Annual report of the Punjab Veterinary College and of the Civil Veterinary Department, Punjab - 1920-1925
Year: 1920
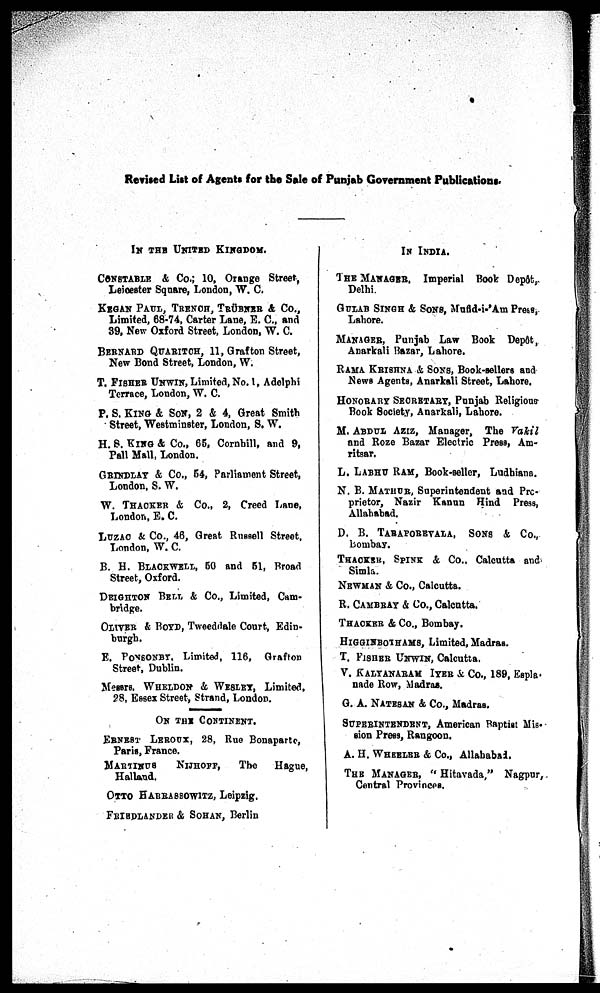
Revised List of Agents for the Sale of Punjab Government Publications.
IN THE UNITED KINGDOM.
CONSTALE & Co.; 10, Orange Street,
Leiœster Square, London, W. C.
KEGAN PAUL, TRENCE, TRÜBNER & Co.,
Limited, 68-74, Carter Lane, E. C., and
39, New Oxford Street, London, W. C.
BERNARD QUARITCH, 11, Grafton Street,
New Bond Street, London, W.
T. FISHER UNWIN, Limited, No. 1, Adelphi
Terrace, London, W. C.
P. S. KING & SON, 2 & 4, Great Smith
Street, Westminster, London, S. W.
H. 8. KING & Co., 65, Cornbill, and 9,
Pall Mall, London.
GRINDLAY & Co., 54, Parliament Street,
London, S. W.
W. THACKER & Co., 2, Creed Lane,
London, E. C.
LUZAC & Co., 46, Great Russell Street,
London, W. C.
B. H. BLACKWELL, 50 and 51, Broad
Street, Oxford.
DEIGHTON BELL & Co., Limited, Cam-
bridge.
OLIVER & BOYD, Tweeddale Court, Edin-
burgh.
E. PONSONBY, Limited, 116, Grafton
Street, Dublin.
Messrs. WHELDON & WESLEY, Limited,
28, Essex Street, Strand, London.
ON THE CONTINENT.
ERNEST LEROUX, 28, Rue Bonaparte,
Paris, France.
MARTINUS
NIJHOFF,
The
Hague,
Halland.
OTTO HARRASSOWITZ, Leipzig.
FRIRDLANDER & SOHAN, Berlin
IN INDIA.
THE MANAGER, Imperial Boob Depôt,
Delhi.
GULAB SINGH & SONS, Mufid-i-'Am Press,
Lahore.
MANAGER, Punjab Law Book Depôt,
Anarkali Bazar, Lahore.
RAMA KRISHNA & SONS, Book-sellers and
News Agents, Anarkali Street, Lahore,
HONORARY SEORETARY, Punjab Religions-
Book Society, Anarkali, Lahore.
M. ABDUL AZIZ, Manager, The Vakil
and Roze Bazar Electric Press, Am-
ritsar.
L. LABHU RAM, Book-seller, Ludhiana.
N. B. MATHUR, Superintendent and Prc-
prietor, Nazir Kanun Hind Press,
Allahabad.
D. B. TARAPOREVALA, SONS & Co.,
Bombay.
THAOKER, SPINK & Co., Calcutta and
Simla.
NEWMAN & Co., Calcutta.
R. CAMBRAY & Co., Calcutta.
THACKER & Co., Bombay.
HIGGINBOTHAMS, Limited, Madras.
T. FISHER UNWIN, Calcutta.
V. KALYANARAMIYER & Co., 189, Espla-
nade Row, Madras.
G. A.NATESAN & Co., Madras.
SUPERINTENDENT, American Baptist Mis-
sion Press, Rangoon.
A. H. WHERLER & Co., Allahabad.
THE MANAGES, "Hitavada," Nagpur,
Central Provinces.